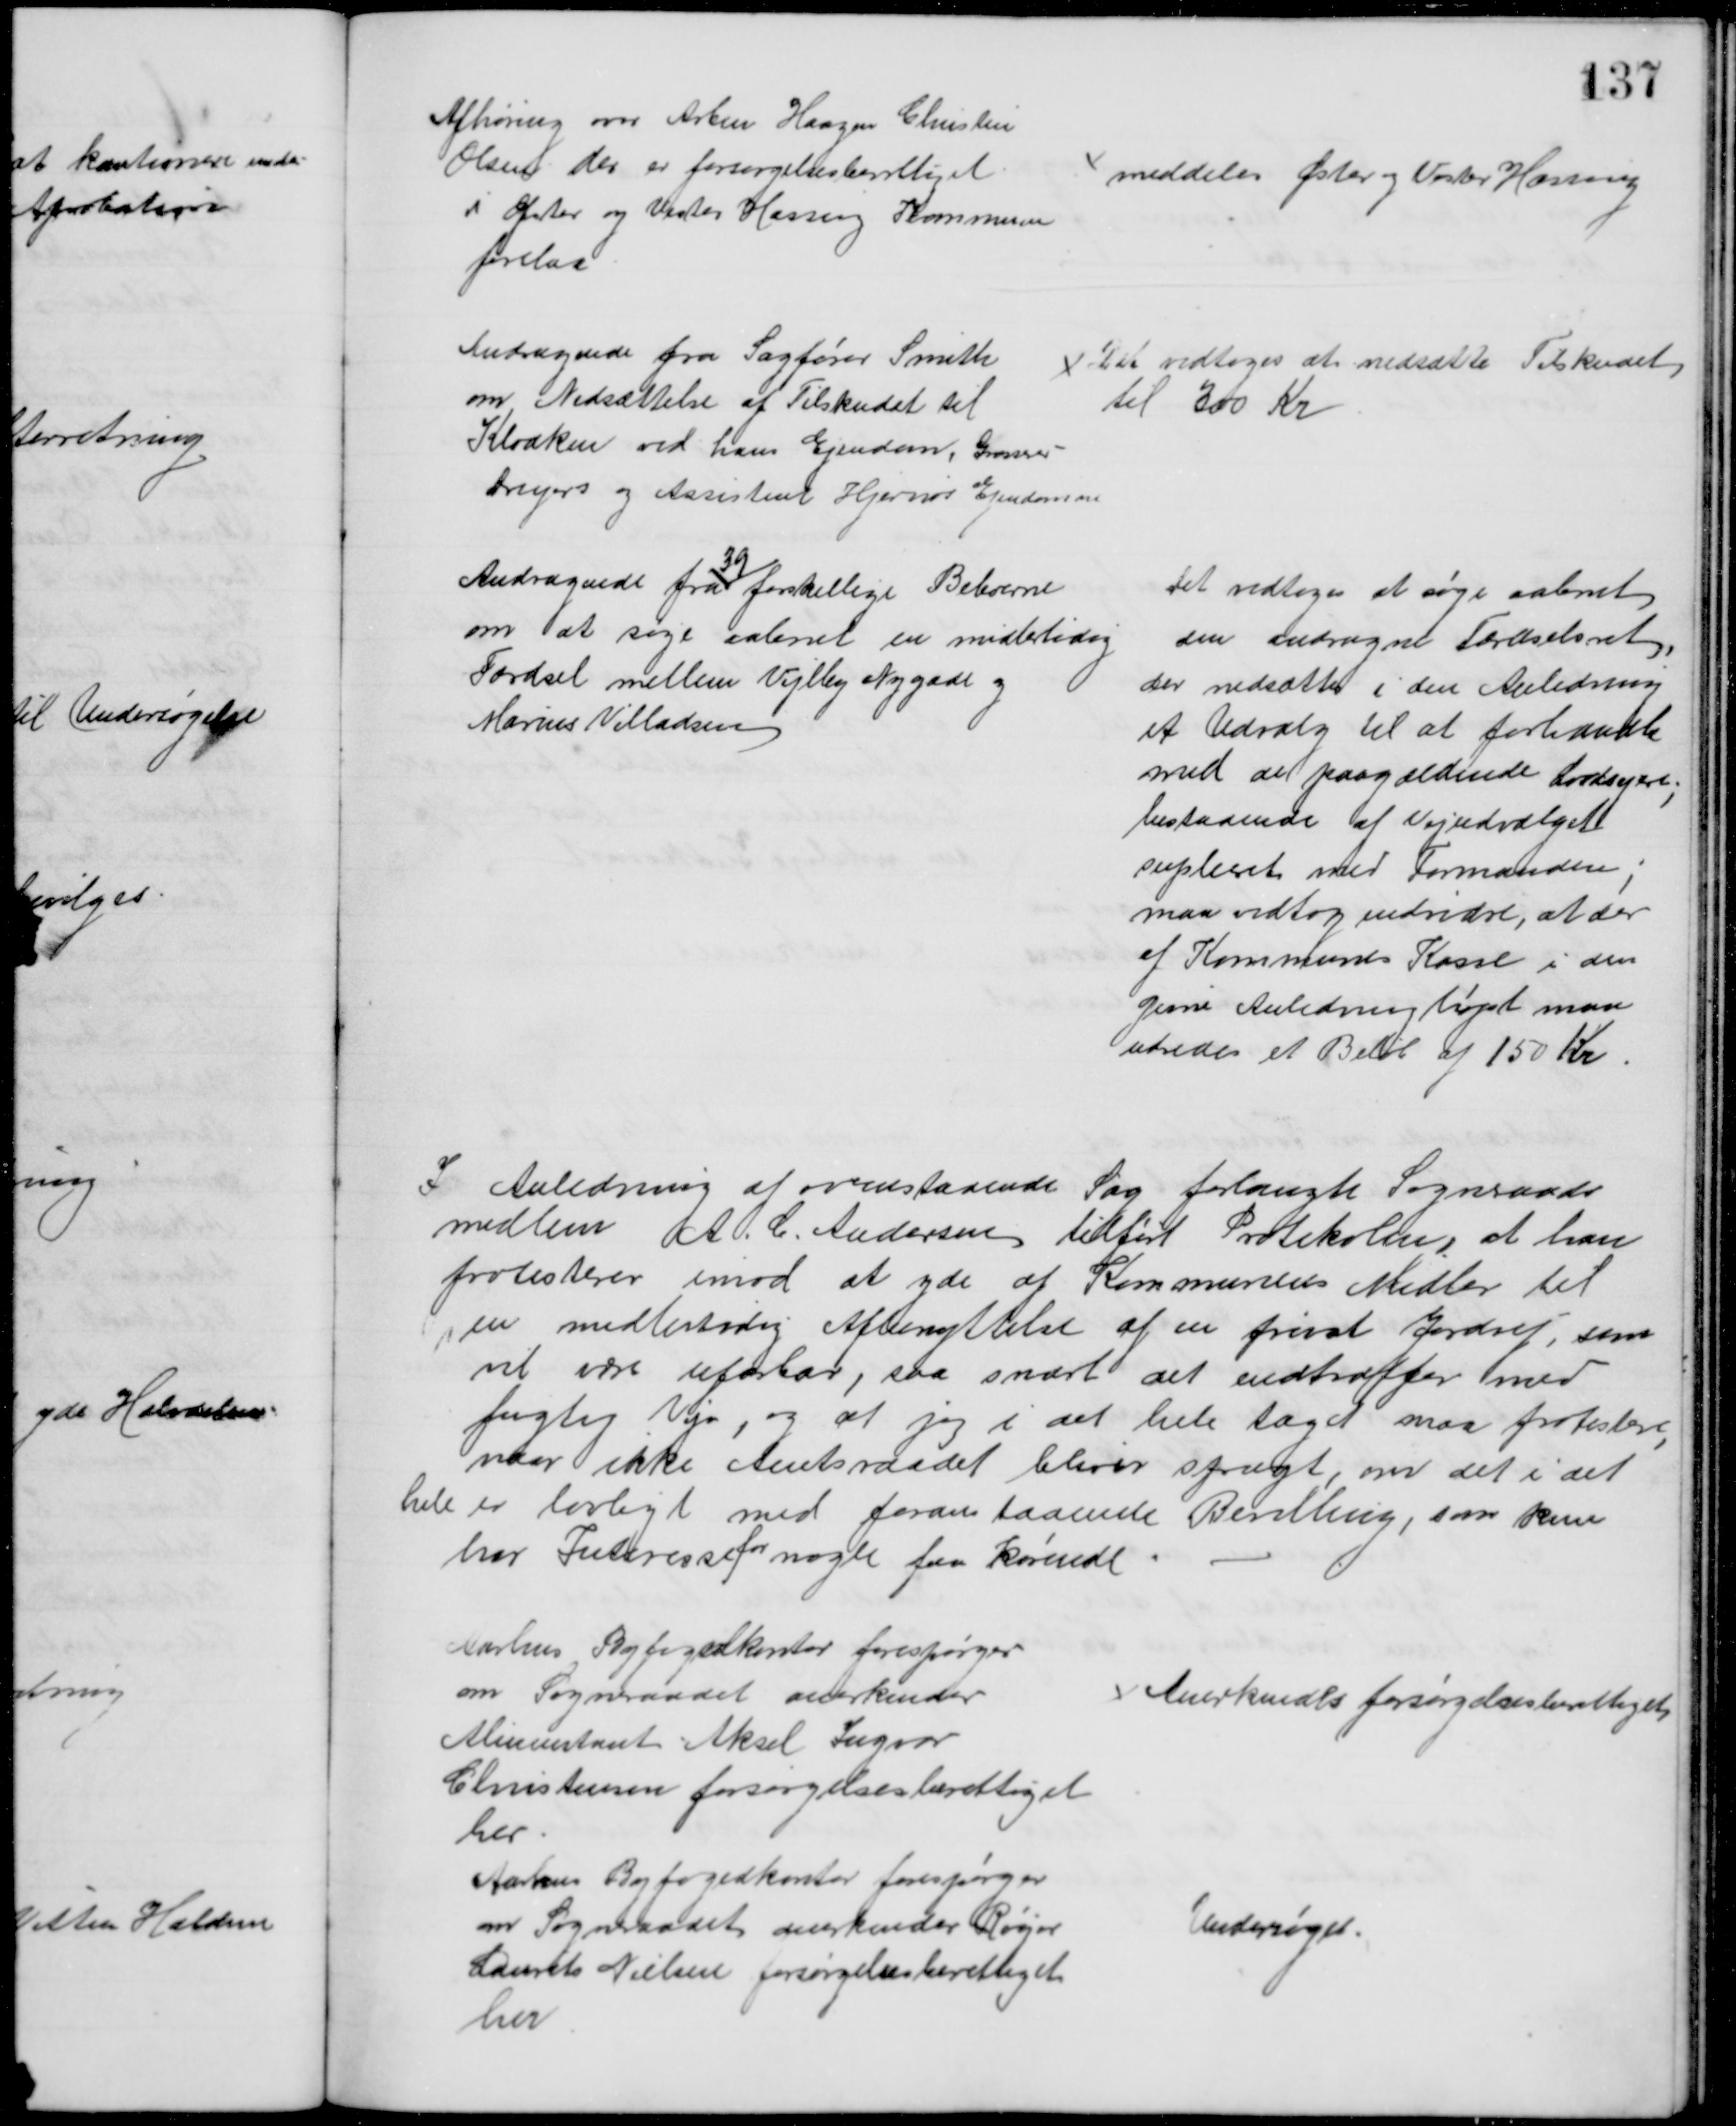
Transskription:
Afhøring over Arbm Haagen Christen
Olsen der er forsørgelsesberettiget
i Øster og Vester Hassing Kommune
forelaa
meddeles Øster og Vester Hassing
Andragende fra Sagfører Smith
om Nedsættelse af Tilskudet til
Kloaken ved hans Ejendom, Grosserer
Dreyers og Assistent Hjernøs Ejendomme
Det vedtoges at nedsætte Tilskudet
til 300 Kr
Andragende fra
39
forskellige Beboerne
om at søge aabnet en midlertidig
Færdsel mellem Vejlby Nygade og
Marius Villadsen
Det vedtoges at søge aabnet
den andragne Færdselsret,
der nedsættes i den Anledning
et Udvalg til at forhandle
med de paagældende Lodsejere;
bestaaende af Vejudvalget
supleret med Formanden;
man vedtog endvidre, at der 
af Kommunes Kasse i den
givne Anledning højst maa
udredes et Beløb af 150 Kr
I Anledning af ovenstaaende Sag forlangte Sogneraads
medlem A. C. Andersen tilført Protokolen, at han
protesterer imod at yde af Kommunens Midler til
en midlertidig Afbenyttelse af en privat Jordret, som
vil være ufarbar, saa snart det indtræffer med
fugtig Vejr, og at jeg i det hele taget maa protestere
naar ikke Amtsraadet bliver spurgt, om det i det
hele er lovligt med foranstaaende Bevilling, som kun
har Interesse
for
nogle faa kørende.
Aarhus Byfogedkontor forespørger
om Sogneraadet anerkender
Alminentant Aksel Ingvar
Christensen forsørgelsesberettiget
her
Anerkendes forsørgelsesberettiget
Aarhus Byfogedkontor forespørger
om Sogneraadet anerkender Røger
Laurits Nielsen forsørgelsesberettiget
her
Undersøges.